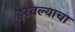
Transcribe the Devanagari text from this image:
हरवल्याचा